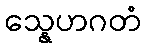
သ္နေဟဂတံ